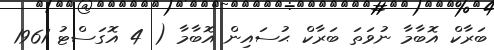
ބަރާކް އޮބާމާ ނުވަތަ ބަރާކް ޙުސައިން އޮބާމާ ( 4 އޮގަސްޓު 1961